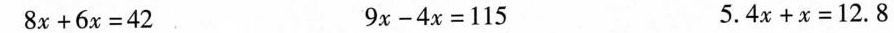
$$8 x + 6 x = 4 2$$ $$9 x - 4 x = 1 1 5$$ $$5 . 4 x + x = 1 2 . 8$$